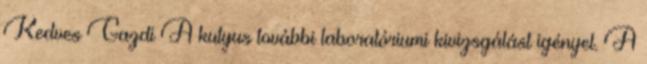
Kedves Gazdi A kutyus további laboratóriumi kivizsgálást igényel. A